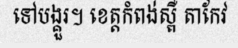
ទៅបង្គួរ។ ខេត្តកំពង់ស្ពឺ តាកែវ